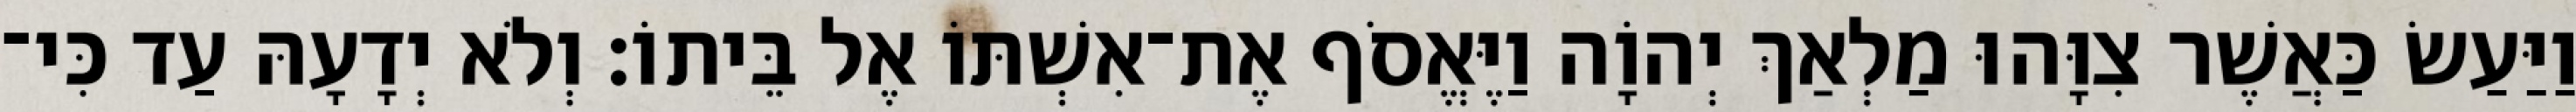
וַיַּעַשׂ כַּאֲשֶׁר צִוָּהוּ מַלְאַךְ יְהוָֹה וַיֶּאֱסֹף אֶת־אִשְׁתּוֹ אֶל בֵּיתוֹ׃ וְלֹא יְדָעָהּ עַד כִּי־